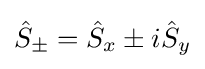
{\hat {S}}_{\pm }={\hat {S}}_{x}\pm i{\hat {S}}_{y}